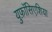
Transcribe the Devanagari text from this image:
युफ़ॉसिएशिया